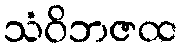
သံဝိဘဇထ